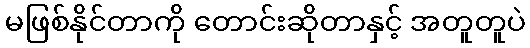
မဖြစ်နိုင်တာကို တောင်းဆိုတာနှင့် အတူတူပဲ